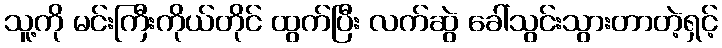
သူ့ကို မင်းကြီးကိုယ်တိုင် ထွက်ပြီး လက်ဆွဲ ခေါ်သွင်းသွားတာတဲ့ရှင့်